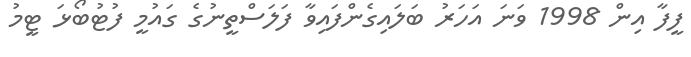
ފީފާ އިން 1998 ވަނަ އަހަރު ބަލައިގެންފައިވާ ފަލަސްތީނުގެ ގައުމީ ފުޓުބޯޅަ ޓީމު